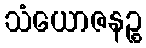
သံယောဇနဉ္စ